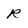
Character: R